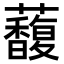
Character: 𧄦